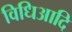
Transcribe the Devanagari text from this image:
विधिआदि